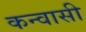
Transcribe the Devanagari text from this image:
कन्वासी